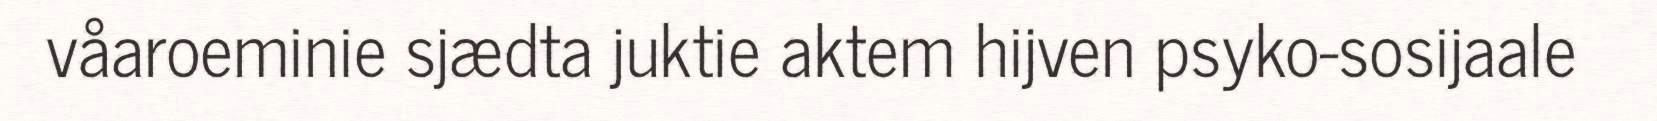
våaroeminie sjædta juktie aktem hijven psyko-sosijaale